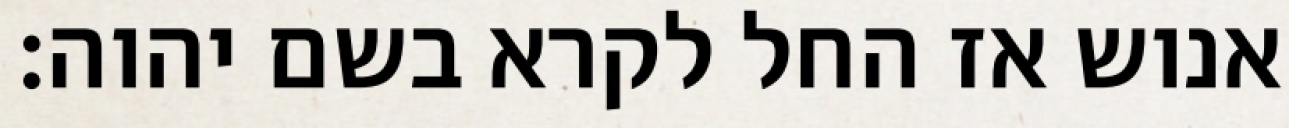
אנוש אז החל לקרא בשם יהוה׃